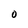
Character: O